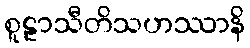
စူဠာသီတိသဟဿာနိ